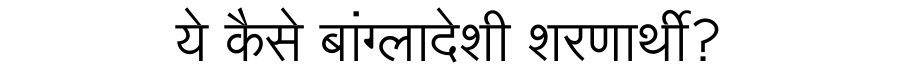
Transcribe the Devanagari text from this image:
ये कैसे बांग्लादेशी शरणार्थी?